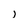
Character: I